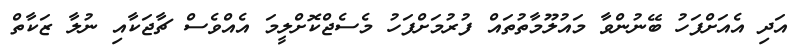
އަދި އެއަށްފަހު ބޭނުންވާ މައުލޫމާތުތައް ފުރުމަށްފަހު މެސެޖްކޮށްލީމަ އެއްވެސް ޗާޖަކާއި ނުލާ ޒަކާތް